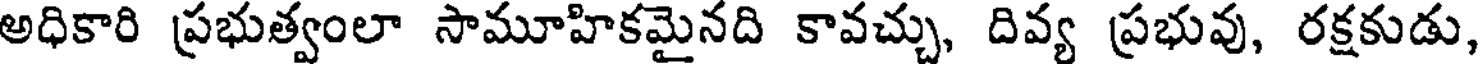
అధికారి ప్రభుత్వంలా సామూహికమైనది కావచ్చు, దివ్య ప్రభువు, రక్షకుడు,